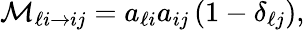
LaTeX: \mathcal{M}_{\ell i\rightarrow ij}=a_{\ell i}a_{ij}\left(1-\delta_{\ell j}\right),